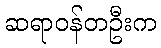
ဆရာဝန်တဦးက